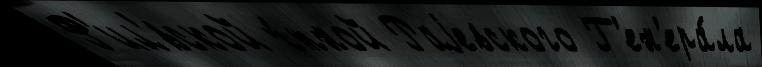
Ф'ил'́вской ч́тной Раjевского Г'ен'ера́ла